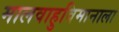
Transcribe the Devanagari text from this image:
मालवाहुविमानाला